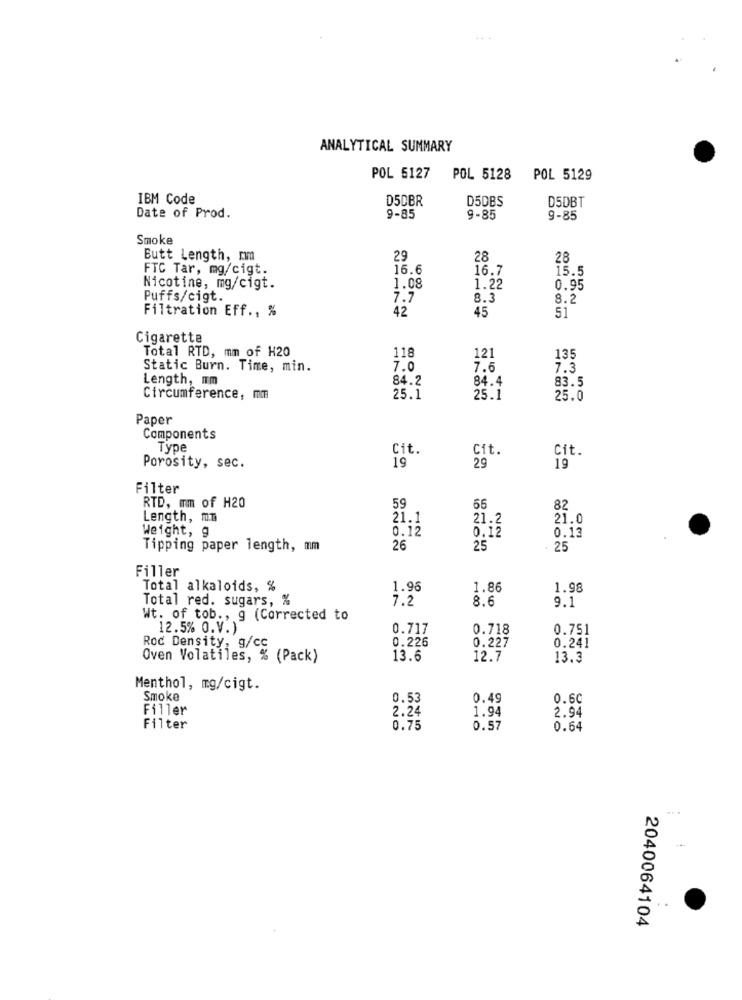
ANALYTICAL SUMMARY
POL 5127
POL 5128
POL 5129
IBM Code
D5DBR
D5DBS
D5DBT
Date of Prod.
9-85
9-85
9-85
Smoke
Butt Length, mm
29
28
28
FTC Tar, mg/cigt.
16.6
16.7
15.5
Nicotine, mg/cigt.
1.08
1.22
0.95
Puffs/cigt.
7.7
8.3
8.2
Filtration Eff ., %
42
45
51
Cigarette
Total RTD, mm of H20
118
121
135
Static Burn. Time, min.
7.0
7.6
7.3
Length, mm
84.2
84.4
83.5
Circumference, mm
25.1
25.1
25.0
Paper
Components
Type
Cit.
Cit.
Cit.
19
Porosity, sec.
29
19
Filter
RTD, mm of H20
59
66
82
Length, mn
21.1
21.2
21.0
Weight, g
0.12
0.12
0.13
Tipping paper length, mm
26
25
25
Filler
Total alkaloids, %
1.96
1.86
1.98
Total red. sugars, %
7.2
8.6
9.1
Wt. of tob ., g (Corrected to
12.5% O.V.)
0.717
0.718
0.751
0.226
0.227
0.241
Rod Density, g/cc
Oven Volatiles, % (Pack)
13.6
12.7
13.3
Menthol, mg/cigt.
Smoke
0.53
0.49
0.60
Filler
2.24
1.94
2.94
Filter
0.75
0.57
0.64
2040064104